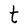
Character: t